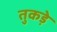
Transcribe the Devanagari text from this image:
तुकड़े